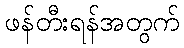
ဖန်တီးရန်အတွက်